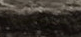
ليست